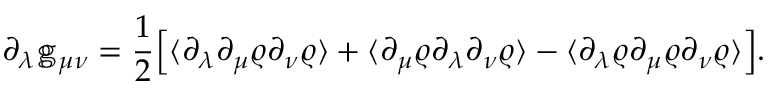
\partial _ { \lambda } \mathbb { g } _ { \mu \nu } = \frac { 1 } { 2 } \Big [ \langle \partial _ { \lambda } \partial _ { \mu } \varrho \partial _ { \nu } \varrho \rangle + \langle \partial _ { \mu } \varrho \partial _ { \lambda } \partial _ { \nu } \varrho \rangle - \langle \partial _ { \lambda } \varrho \partial _ { \mu } \varrho \partial _ { \nu } \varrho \rangle \Big ] .